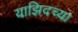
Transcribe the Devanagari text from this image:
याझिदच्या